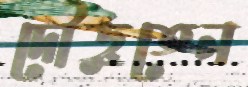
দৌড়ুতেন